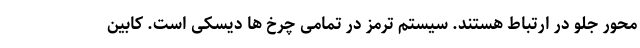
محور جلو در ارتباط هستند. سیستم ترمز در تمامی چرخ ها دیسکی است. کابین